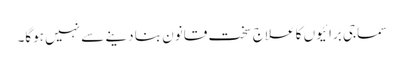
سماجی برائیوں کا علاج سخت قانون بنا دینے سے نہیں ہوگا۔